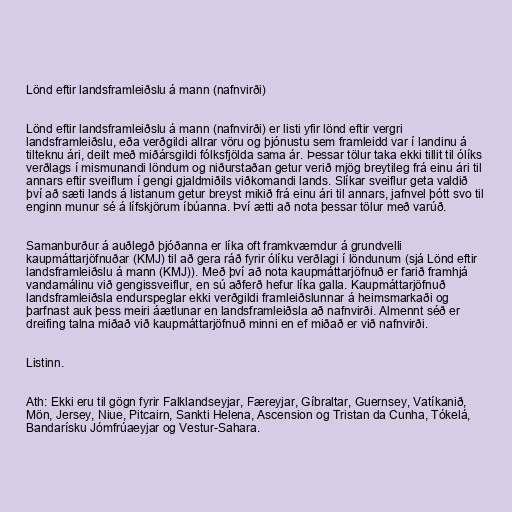
Lönd eftir landsframleiðslu á mann (nafnvirði)

Lönd eftir landsframleiðslu á mann (nafnvirði) er listi yfir lönd eftir vergri
landsframleiðslu, eða verðgildi allrar vöru og þjónustu sem framleidd var í landinu á
tilteknu ári, deilt með miðársgildi fólksfjölda sama ár. Þessar tölur taka ekki tillit til ólíks
verðlags í mismunandi löndum og niðurstaðan getur verið mjög breytileg frá einu ári til
annars eftir sveiflum í gengi gjaldmiðils viðkomandi lands. Slíkar sveiflur geta valdið
því að sæti lands á listanum getur breyst mikið frá einu ári til annars, jafnvel þótt svo til
enginn munur sé á lífskjörum íbúanna. Því ætti að nota þessar tölur með varúð.

Samanburður á auðlegð þjóðanna er líka oft framkvæmdur á grundvelli
kaupmáttarjöfnuðar (KMJ) til að gera ráð fyrir ólíku verðlagi í löndunum (sjá Lönd eftir
landsframleiðslu á mann (KMJ)). Með því að nota kaupmáttarjöfnuð er farið framhjá
vandamálinu við gengissveiflur, en sú aðferð hefur líka galla. Kaupmáttarjöfnuð
landsframleiðsla endurspeglar ekki verðgildi framleiðslunnar á heimsmarkaði og
þarfnast auk þess meiri áætlunar en landsframleiðsla að nafnvirði. Almennt séð er
dreifing talna miðað við kaupmáttarjöfnuð minni en ef miðað er við nafnvirði.

Listinn.

Ath: Ekki eru til gögn fyrir Falklandseyjar, Færeyjar, Gíbraltar, Guernsey, Vatíkanið,
Mön, Jersey, Niue, Pitcairn, Sankti Helena, Ascension og Tristan da Cunha, Tókelá,
Bandarísku Jómfrúaeyjar og Vestur-Sahara.